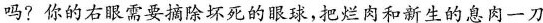
吗?你的右眼需要摘除坏死的眼球，把烂肉和新生的息肉一刀